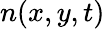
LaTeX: n(x,y,t)